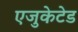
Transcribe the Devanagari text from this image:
एजुकेटेड